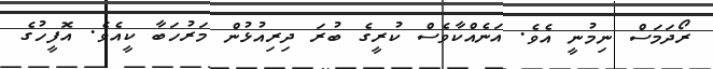
ރޯދަމަސް ނިމުނީ އެވެ. އަނެއްކާވެސް ކުރީގެ ބުރަ ދިރިއުޅުން މަރުހަބާ ކީއެވެ. އޮފީހުގެ